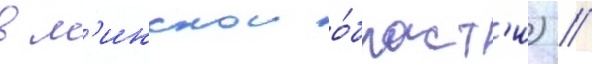
в м'инскои о́бласт'и) //